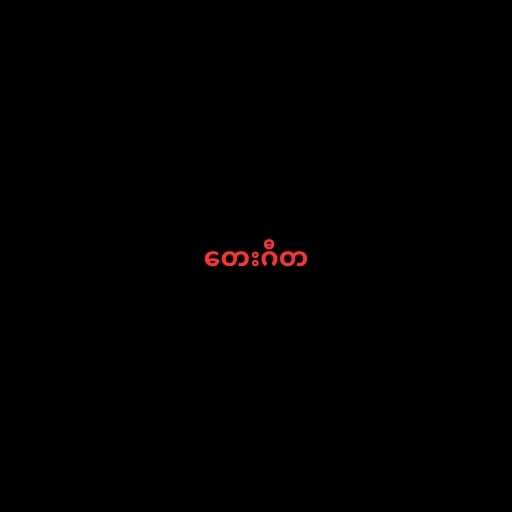
တေးဂီတ